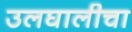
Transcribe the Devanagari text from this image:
उलघालीचा